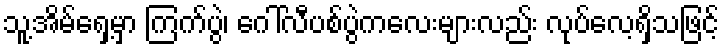
သူ့အိမ်ရှေ့မှာ ကြက်ပွဲ၊ ဂေါ်လီပစ်ပွဲကလေးများလည်း လုပ်လေ့ရှိသဖြင့်